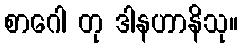
စာဂေါ တု ဒါနဟာနိသု။